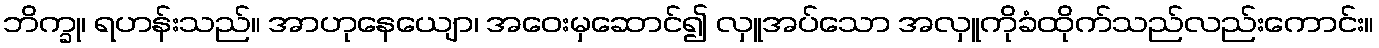
ဘိက္ခု၊ ရဟန်းသည်။ အာဟုနေယျော၊ အဝေးမှဆောင်၍ လှူအပ်သော အလှူကိုခံထိုက်သည်လည်းကောင်း။